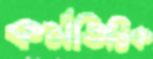
কর্মভিত্তিক